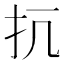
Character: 𢪁